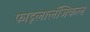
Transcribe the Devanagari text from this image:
फाइलालॅजिकल